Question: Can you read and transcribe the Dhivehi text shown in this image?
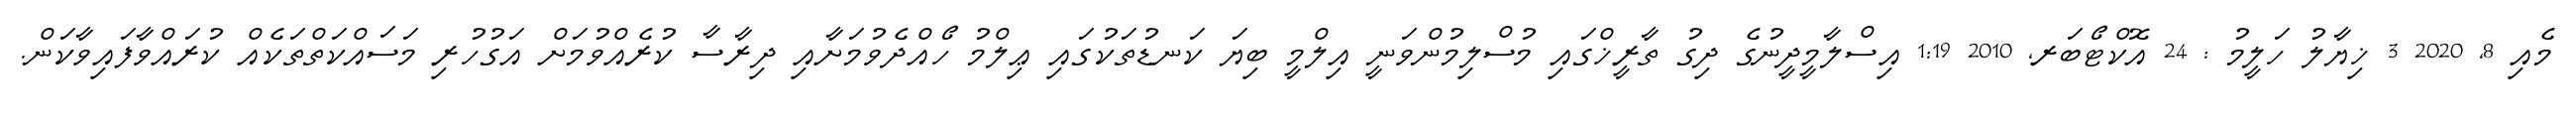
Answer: މެއި 8, 2020 3 ޚިޔާލު ހަލީމު : 24 އޮކްޓޯބަރ, 2010 1:19 އިސްލާމީދީނުގެ ދިގު ތާރީޚްގައި މުސްލިމުންވަނީ އިލްމީ ބިޔަ ކަނޑުތަކުގައި ޢިލްމު ހޯއްދެވުމަށާއި ދިރާސާ ކުރެއްވުމަށް އަގުހުރި މަސައްކަތްތަކެއް ކުރައްވާފައިވާކަން.